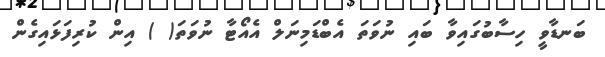
ބަނޑާވީ ހިސާބުގައިވާ ބައި ނުވަތަ އެބްޑަމިނަލް އެއޯޓާ ނުވަތަ( ) އިން ކުރިފަޅައިގެން